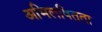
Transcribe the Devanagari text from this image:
अभिलषितता